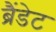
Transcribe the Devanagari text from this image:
ब्रैंडेट